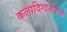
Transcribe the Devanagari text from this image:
कलादिग्दर्शकही